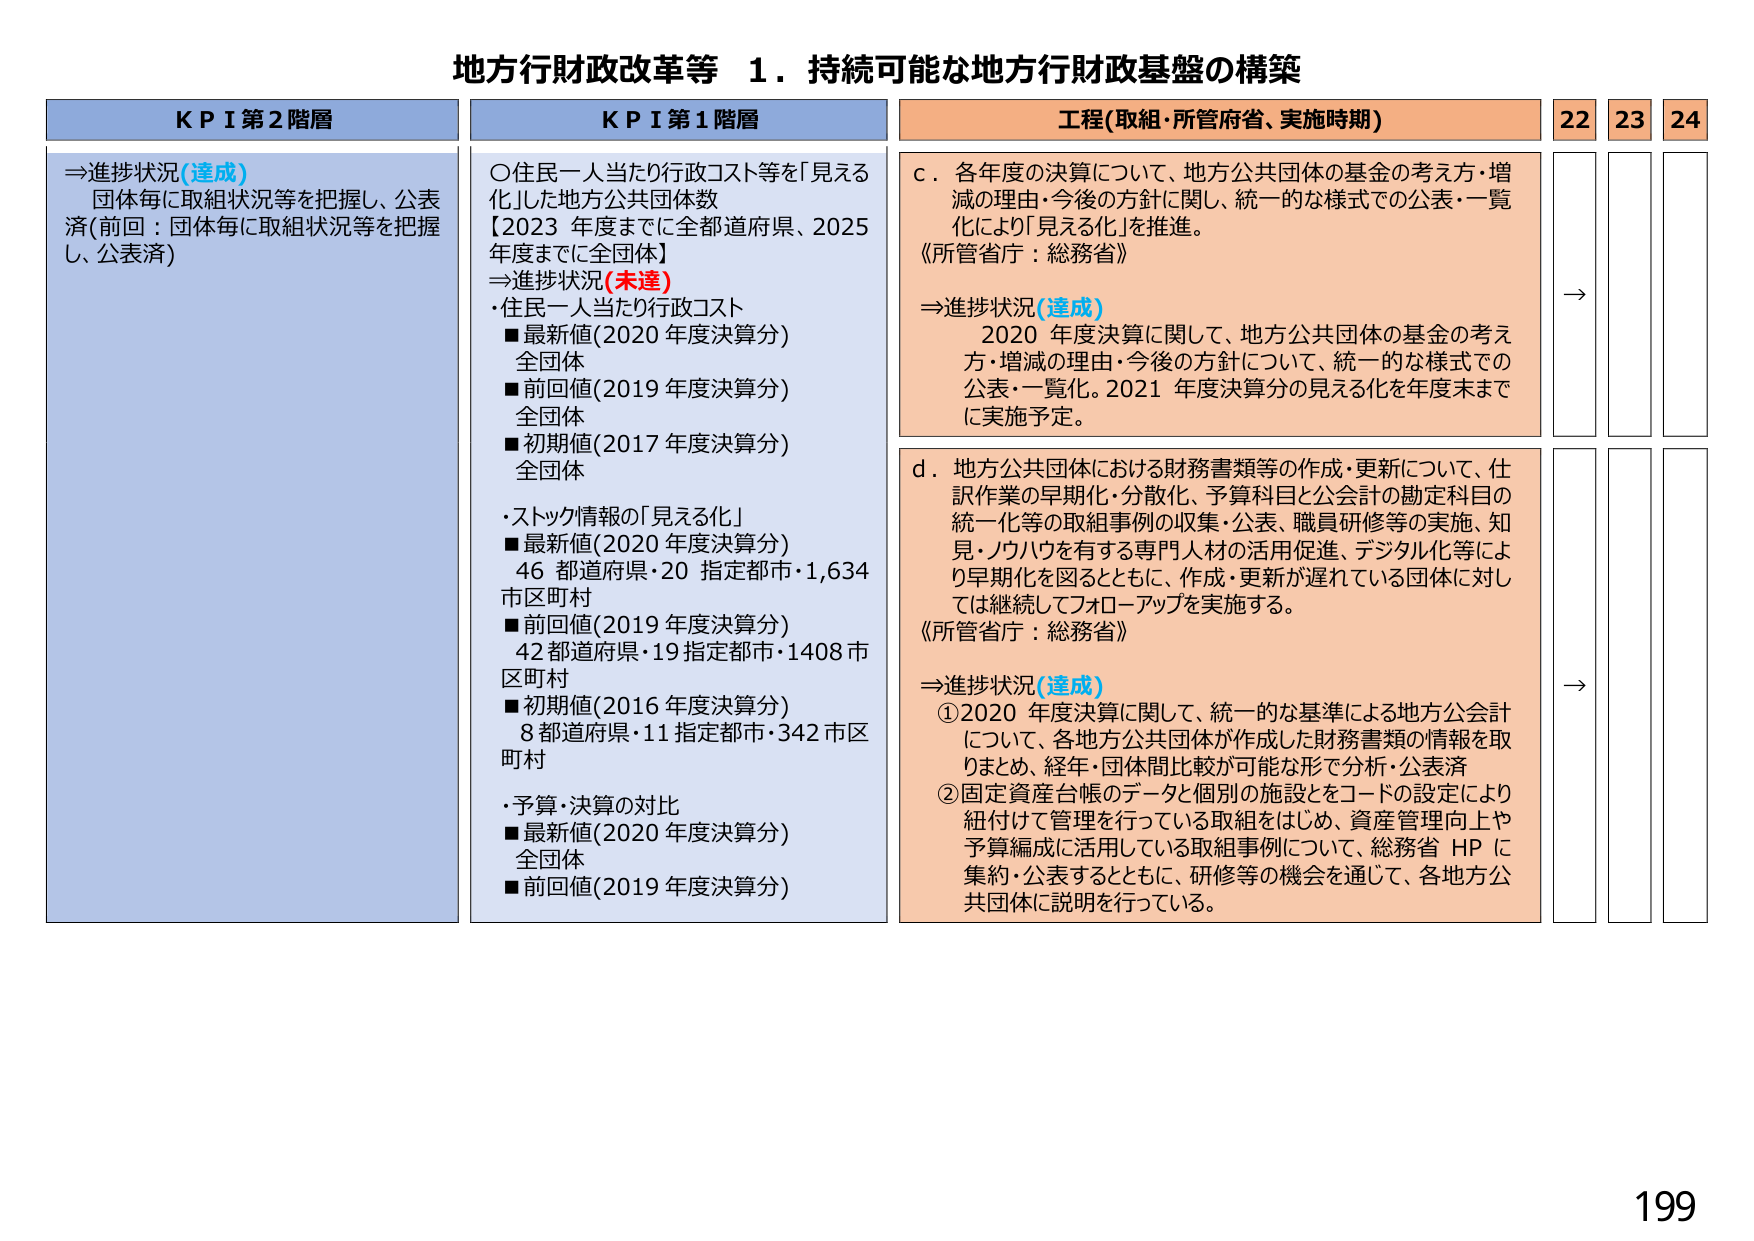
地方行財政改革等 １．持続可能な地方行財政基盤の構築

KPI 第2階層
⇒進捗状況(達成)
団体毎に取組状況等を把握し、公表済(前回：団体毎に取組状況等を把握し、公表済)

KPI 第1階層
〇住民一人当たり行政コスト等を「見える化」した地方公共団体数
【2023 年度までに全都道府県、2025 年度までに全国体】
⇒進捗状況(未達)
・住民一人当たり行政コスト
■最新値(2020 年度決算分)
全団体
■前回値(2019 年度決算分)
全団体
■初期値(2017 年度決算分)
全団体
・ストック情報の「見える化」
■最新値(2020 年度決算分)
46 都道府県・20 指定都市・1,634 市区町村
■前回値(2019 年度決算分)
42 都道府県・19 指定都市・1408 市区町村
■初期値(2016 年度決算分)
8 都道府県・11 指定都市・342 市区町村
・予算・決算の対比
■最新値(2020 年度決算分)
全団体
■前回値(2019 年度決算分)

工程(取組・所管府省、実施時期)
c．各年度の決算について、地方公共団体の基金の考え方・増減の理由・今後の方針に関し、統一的な様式での公表・一覧化により「見える化」を推進。
《所管省庁：総務省》
⇒進捗状況(達成)
2020 年度決算に関して、地方公共団体の基金の考え方・増減の理由・今後の方針について、統一的な様式での公表・一覧化。2021 年度決算分の見える化を年度末までに実施予定。

d．地方公共団体における財務書類等の作成・更新について、仕訳作業の早期化・分散化、予算科目と公会計の勘定科目の統一化等の取組事例の収集・公表、職員研修等の実施、知見・ノウハウを有する専門人材の活用促進、デジタル化等により早期化を図るとともに、作成・更新が遅れている団体に対しては継続してフォローアップを実施する。
《所管省庁：総務省》
⇒進捗状況(達成)
①2020 年度決算に関して、統一的な基準による地方公会計について、各地方公共団体が作成した財務書類の情報を取まとめ、経年・団体間比較が可能な形で分析・公表済
②固定資産台帳のデータと個別の施設をコードの設定により紐付けて管理を行っている取組をはじめ、資産管理向上や予算編成に活用している取組事例について、総務省 HP に集約・公表するとともに、研修等の機会を通じて、各地方公共団体に説明を行っている。

22 23 24
→
→

199